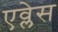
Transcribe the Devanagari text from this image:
एव्लेस